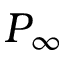
P _ { \infty }